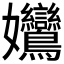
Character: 𡤻